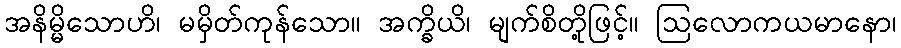
အနိမ္မိသောဟိ၊ မမှိတ်ကုန်သော။ အက္ခိယိ၊ မျက်စိတို့ဖြင့်။ ဩလောကယမာနော၊